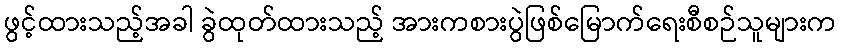
ဖွင့်ထားသည့်အခါ ခွဲထုတ်ထားသည့် အားကစားပွဲဖြစ်မြောက်ရေးစီစဉ်သူများက